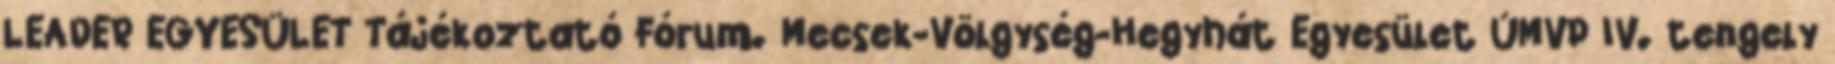
LEADER EGYESÜLET Tájékoztató Fórum. Mecsek-Völgység-Hegyhát Egyesület ÚMVP IV. tengely